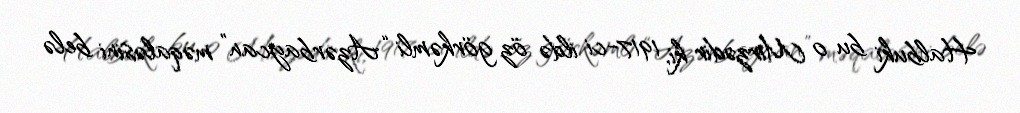
Halbuki bu o Mirzədir ki, 1917-ci ildə öz görkəmli “Azərbaycan” məqaləsini belə